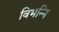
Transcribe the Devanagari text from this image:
विभन्नि